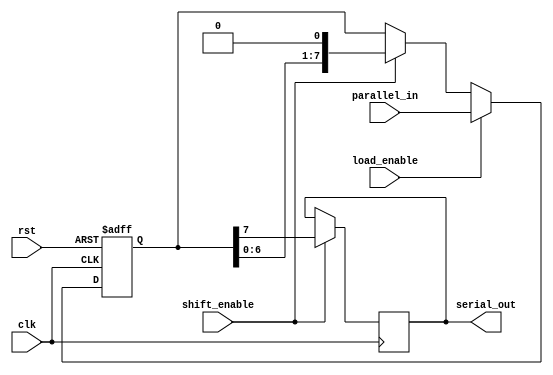
module parallel_in_serial_out(
  input clk,     // Clock input
  input rst,     // Reset input
  input [7:0] parallel_in,   // Parallel input data
  input load_enable,    // Control signal for parallel loading of data
  input shift_enable,   // Control signal for shifting out data
  output reg serial_out   // Serial output data
);

  reg [7:0] register;    // Register to store parallel input data

  always @ (posedge clk or posedge rst) begin
    if (rst) begin
      register <= 8'd0;   // Reset register on reset signal
    end else if (load_enable) begin
      register <= parallel_in;   // Load parallel input data into register
    end else if (shift_enable) begin
      register <= {register[6:0], 1'b0};   // Shift out data sequentially
    end
  end

  always @ (posedge clk) begin
    if (shift_enable) begin
      serial_out <= register[7];   // Output serial data
    end
  end

endmodule